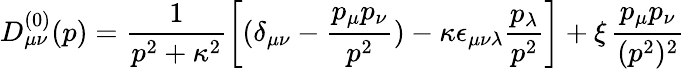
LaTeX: D_{\mu\nu}^{(0)}(p)=\frac{1}{p^{2}+\kappa^{2}}\left[(\delta_{\mu\nu}-\frac{p_{\mu}p_{\nu}}{p^{2}})-\kappa\epsilon_{\mu\nu\lambda}\frac{p_{\lambda}}{p^{2}}\right]+\xi\, \frac{p_{\mu}p_{\nu}}{(p^{2})^{2}}